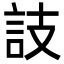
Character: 䚳